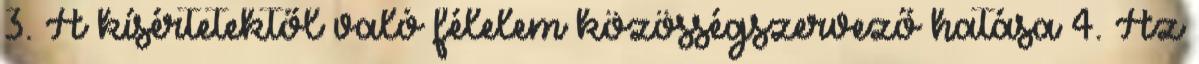
3. A kísértetektől való félelem közösségszervező hatása 4. Az